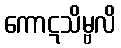
ကောဋသိမ္ဗလိ